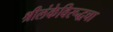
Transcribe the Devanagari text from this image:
श्रीलंकेविरूद्धचा